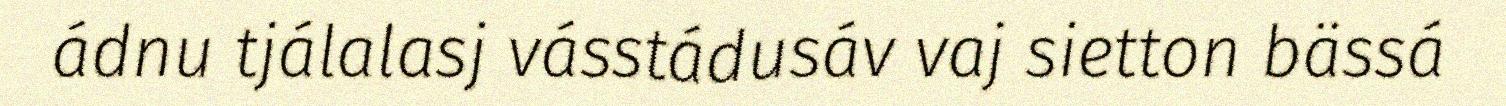
ádnu tjálalasj vásstádusáv vaj sietton bässá